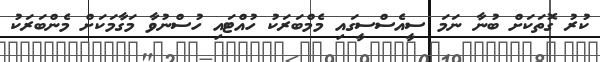
ކުރު ގޮތަކަށް ބުނާ ނަމަ ސީއެސްސީގައި މެމްބަރަކު ހުއްޓައި ހުސްނުވާ މަގާމަކަށް މެންބަރަކު